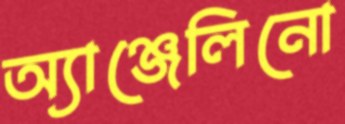
অ্যাঞ্জেলিনো